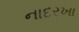
નાદરખા